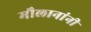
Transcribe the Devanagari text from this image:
मौलानांनी